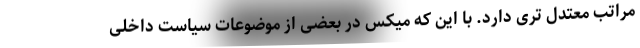
مراتب معتدل تری دارد. با این که میکس در بعضی از موضوعات سیاست داخلی